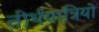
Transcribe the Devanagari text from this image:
तीर्थयात्रियो